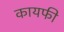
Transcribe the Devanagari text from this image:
कायफी